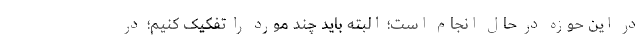
در این حوزه در حال انجام است؛ البته باید چند مورد را تفکیک کنیم؛ در